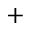
+